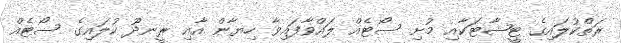
ރަތްކުލައިގެ ޓީޝާޓަކާއި މުށި ސޯޓެއް ލައްވާފައިވާ ހިޔާން އާއި ރީނދޫ ކުލައިގެ ސޯޓެއް